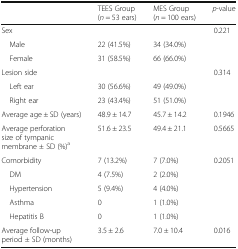
|  | TEES Group (n = 53 ears) | MES Group (n = 100 ears) | p-value |
 | --- | --- | --- | --- |
 | Sex |  |  | 0.221 |
 | Male | 22 (41.5%) | 34 (34.0%) |  |
 | Female | 31 (58.5%) | 66 (66.0%) |  |
 | Lesion side |  |  | 0.314 |
 | Left ear | 30 (56.6%) | 49 (49.0%) |  |
 | Right ear | 23 (43.4%) | 51 (51.0%) |  |
 | Average age ± SD (years) | 48.9 ± 14.7 | 45.7 ± 14.2 | 0.1946 |
 | Average perforation size of tympanic membrane ± SD (%)a | 51.6 ± 23.5 | 49.4 ± 21.1 | 0.5665 |
 | Comorbidity | 7 (13.2%) | 7 (7.0%) | 0.2051 |
 | DM | 4 (7.5%) | 2 (2.0%) |  |
 | Hypertension | 5 (9.4%) | 4 (4.0%) |  |
 | Asthma | 0 | 1 (1.0%) |  |
 | Hepatitis B | 0 | 1 (1.0%) |  |
 | Average follow-up period ± SD (months) | 3.5 ± 2.6 | 7.0 ± 10.4 | 0.016 |